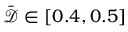
\bar { \mathcal { D } } \in [ 0 . 4 , 0 . 5 ]